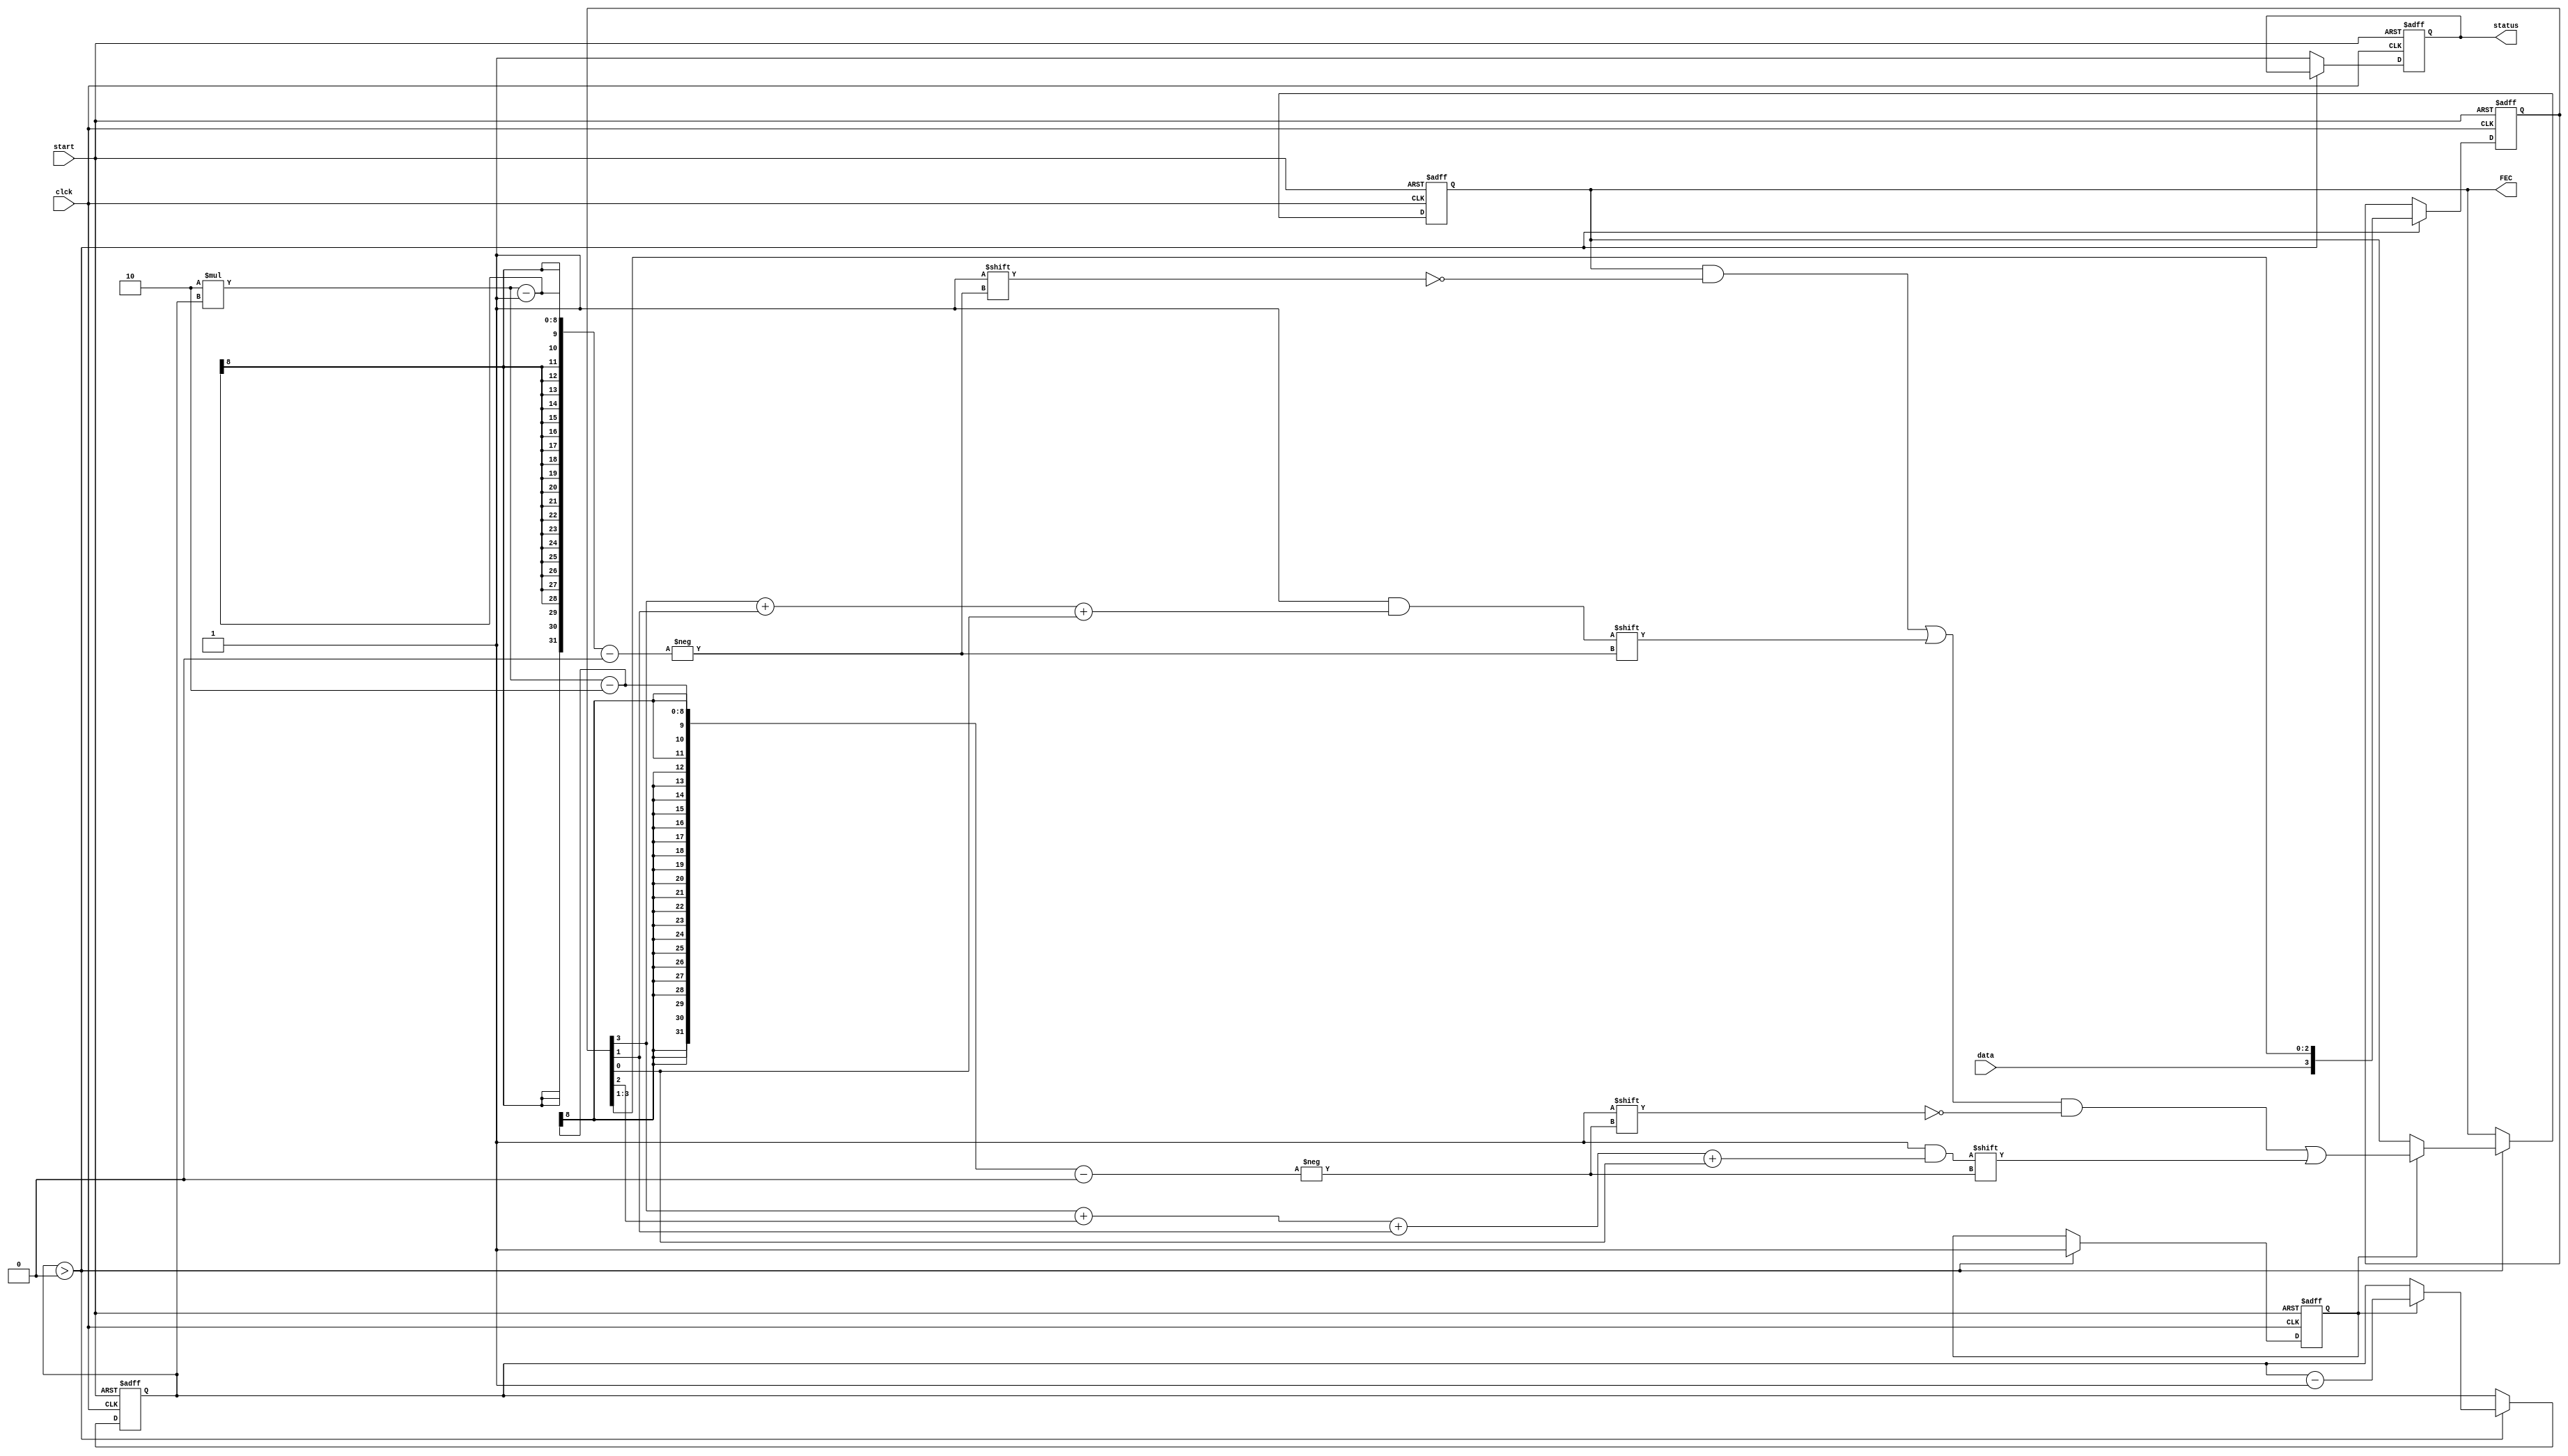
module Convolution_CG(output reg [95:0]FEC,output reg status,input data,clck,start);
    reg [5:0]c;         //Count
    reg [3:0] b;        //Buffer
    reg f;              //Flag
    always@(posedge clck,posedge start) begin
        if(start==1) begin
            c<=48;
            b<=4'b0000;
            status<=0;
            FEC<=0;
            f<=0;
        end
        else if(c>0) begin
            if(f==1) begin
                FEC[2*c-1]<=b[3]+b[1]+b[0];
                FEC[2*c-2]<=b[3]+b[2]+b[1]+b[0];
                c<=c-1'b1;  
            end
            b[3:0]<={data,b[3:1]};
            f<=1;
        end
        else status<=1;
    end

endmodule